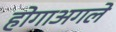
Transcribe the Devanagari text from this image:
होगाअगले